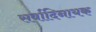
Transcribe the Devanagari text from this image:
सर्वादिनायक